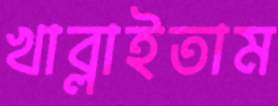
খাব্‌লাইতাম